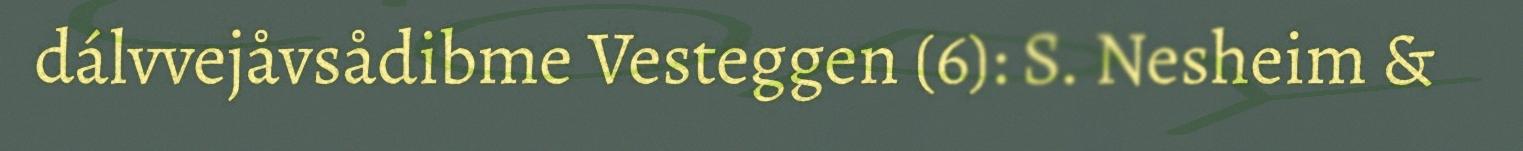
dálvvejåvsådibme Vesteggen (6): S. Nesheim &